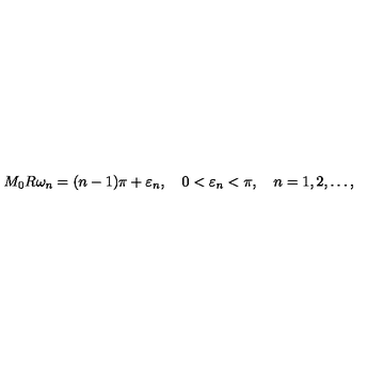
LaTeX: M _ { 0 } R \omega _ { n } = ( n - 1 ) \pi + \varepsilon _ { n } , \quad 0 < \varepsilon _ { n } < \pi , \quad n = 1 , 2 , \dots { , }